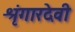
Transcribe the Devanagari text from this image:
श्रृंगारदेवी